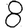
Digit: 8